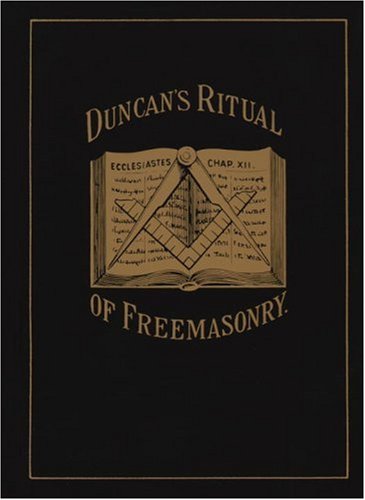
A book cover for Duncan's Ritual of Freemasonry; Malcolm C. Duncan; Religion & Spirituality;